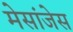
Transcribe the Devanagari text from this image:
मेसांजेस